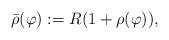
LaTeX: \begin{align*}\bar\rho(\varphi):=R(1+\rho(\varphi)),\end{align*}